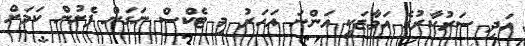
އަދި ސަރުކާރުގެ އަމާޒަކީ އަންނަ އަހަރު މި ޓެކްސް ނަގަން ފެށުން ކަމަށް